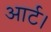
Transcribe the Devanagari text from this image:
आर्ट।